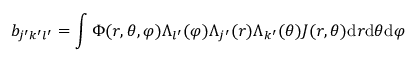
b _ { j ^ { \prime } k ^ { \prime } l ^ { \prime } } = \int \Phi ( r , \theta , \varphi ) \Lambda _ { l ^ { \prime } } ( \varphi ) \Lambda _ { j ^ { \prime } } ( r ) \Lambda _ { k ^ { \prime } } ( \theta ) J ( r , \theta ) \mathrm { d } r \mathrm { d } \theta \mathrm { d } \varphi